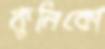
কুনিকো